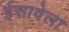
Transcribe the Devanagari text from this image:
ईसावेला